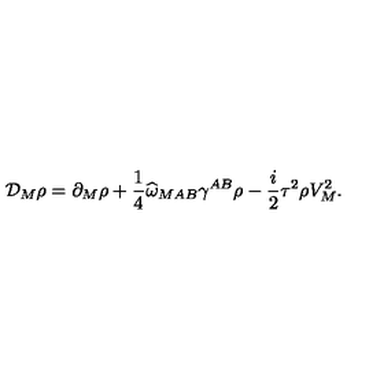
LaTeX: { \cal D } _ { M } \rho = \partial _ { M } \rho + \frac { 1 } { 4 } \widehat { \omega } _ { M A B } \gamma ^ { A B } \rho - \frac { i } { 2 } \tau ^ { 2 } \rho V _ { M } ^ { 2 } .